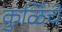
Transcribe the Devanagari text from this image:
कुळिंचे